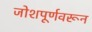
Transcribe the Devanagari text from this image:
जोशपूर्णवरून